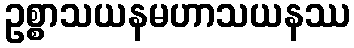
ဥစ္စာသယနမဟာသယနဿ